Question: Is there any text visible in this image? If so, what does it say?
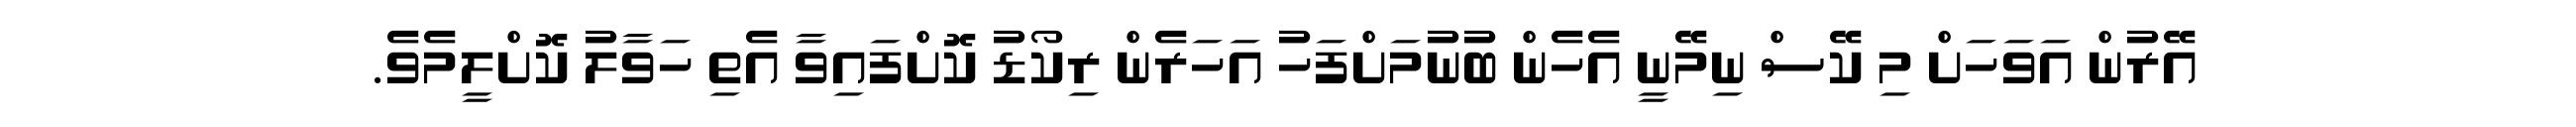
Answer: އޭރުން އަވަހަށް މި ކޭސް ނިމޭނީ އެހެން ބުނުމަށްފަހު އަހަރެން ރިކޯޑު ކޮށްފައިވާ އެތި ހަވާލު ކޮށްލީމެވެ.